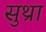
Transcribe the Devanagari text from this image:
सुथ्रा